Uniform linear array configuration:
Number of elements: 32
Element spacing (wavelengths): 0.25
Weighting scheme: kaiser
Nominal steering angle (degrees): -30
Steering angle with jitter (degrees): -30.235
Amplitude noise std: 0.05
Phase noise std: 0.05

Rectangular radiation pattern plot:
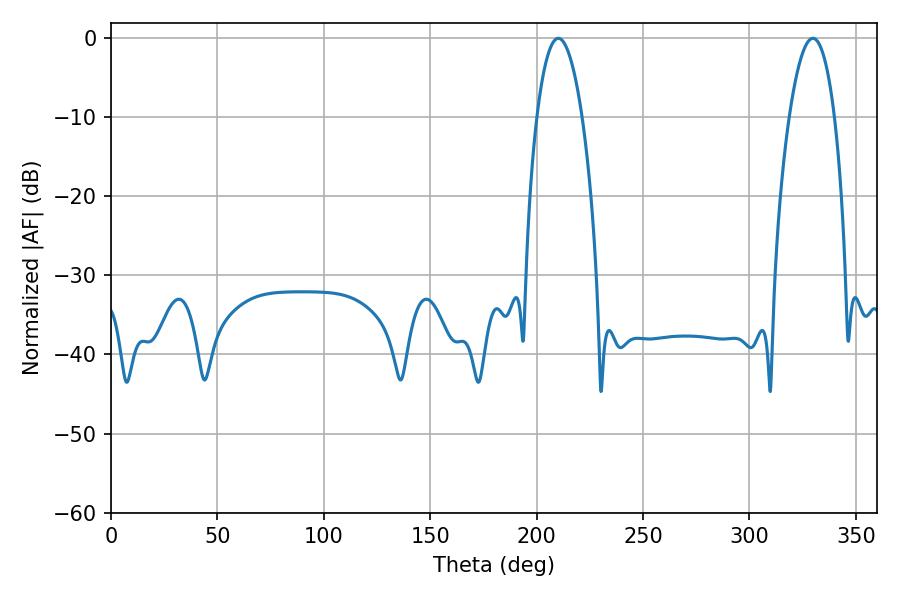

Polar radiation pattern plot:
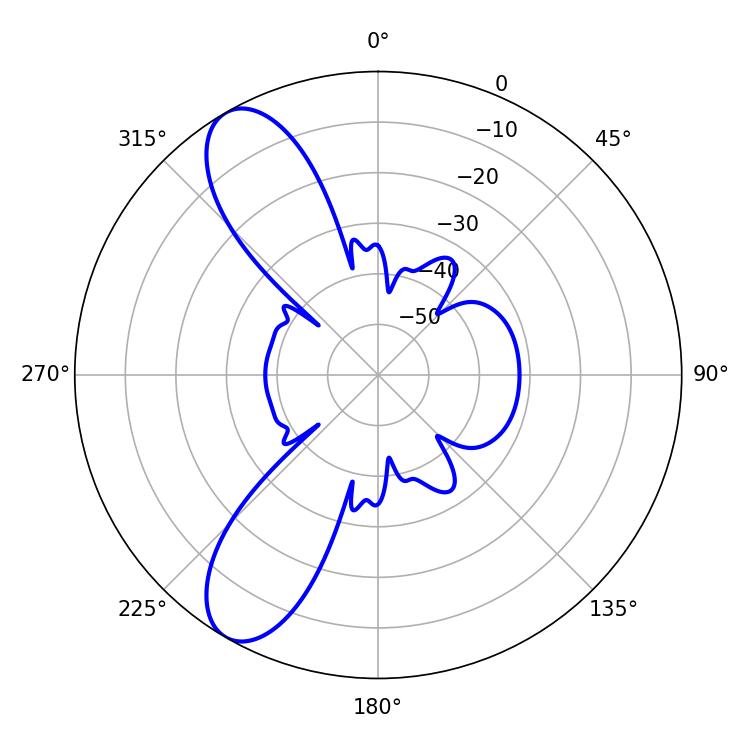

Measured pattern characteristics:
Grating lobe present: FALSE
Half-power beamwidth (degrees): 11.7
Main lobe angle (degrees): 210.24